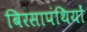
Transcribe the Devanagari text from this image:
बिरसापंथियों